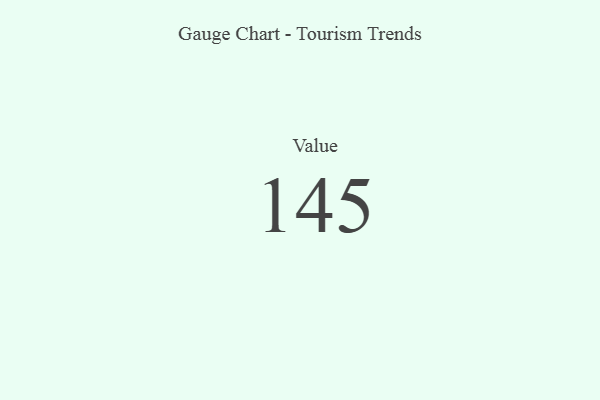
{"axis": {"x": "Metric", "y": "Value"}, "legend": [""], "data": [{"x": "Value", "y": 145, "type": ""}]}